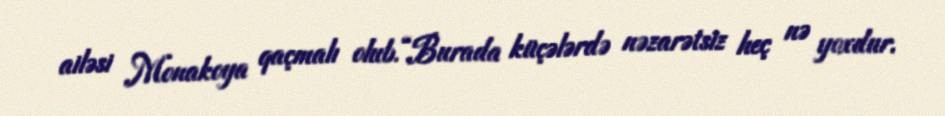
ailəsi Monakoya qaçmalı olub.“Burada küçələrdə nəzarətsiz heç nə yoxdur.